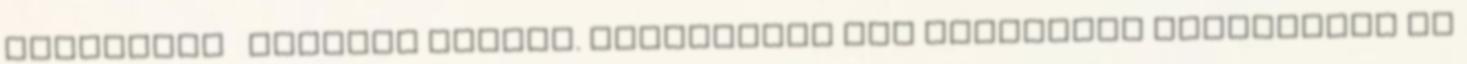
betonozva kövezve minden. Odabasznak pár csenevész facsemetét és